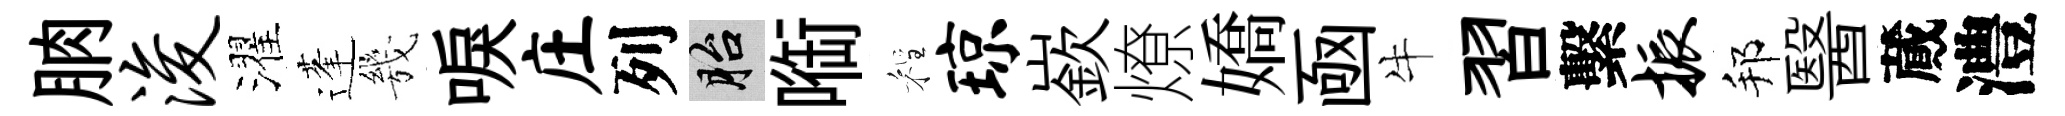
朒浚濯蓬㡬唳庄列胎㗸程琼嶔燎嬌凾牛習繫振邦醫蕆澧